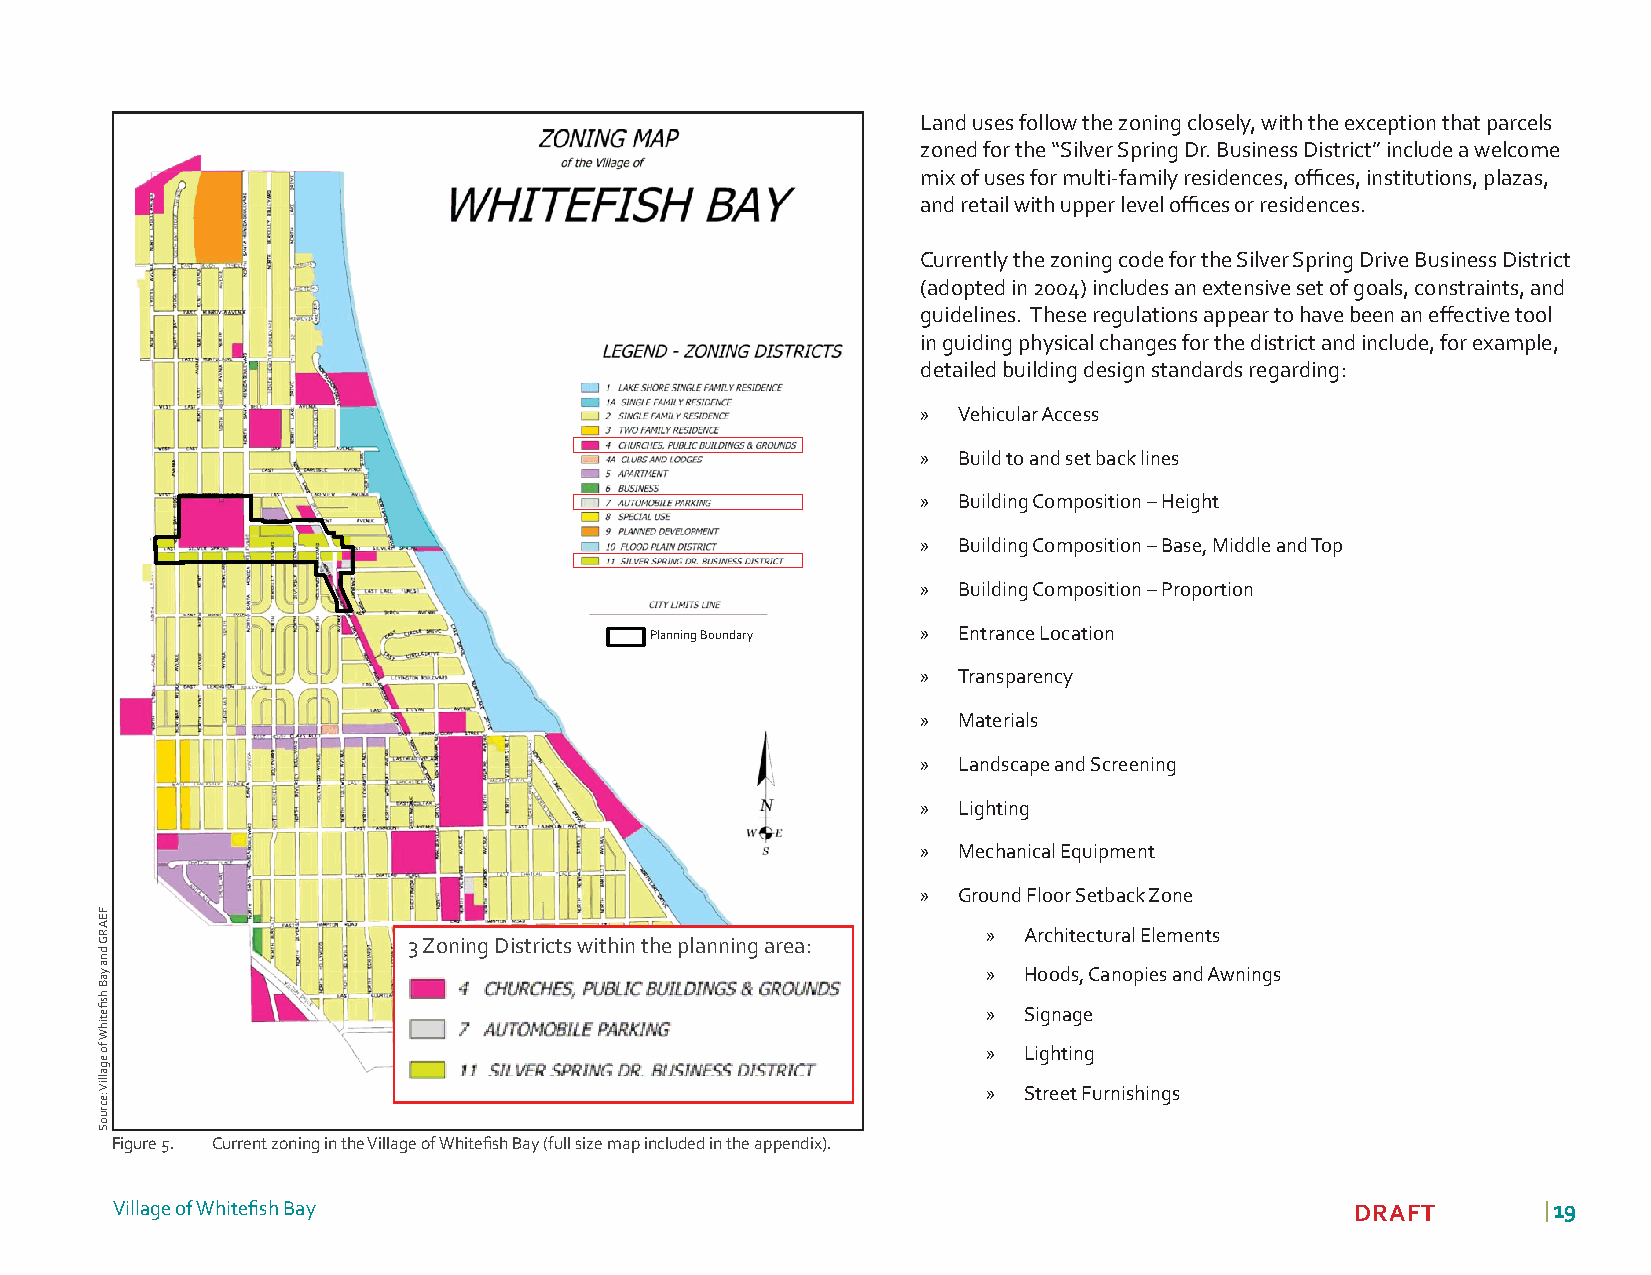
Land uses follow the zoning closely, with the exception that parcels
 zoned for the “Silver Spring Dr. Business District” include a welcome
 mix of uses for multi-family residences, offi ces, institutions, plazas,
 and retail with upper level offi ces or residences.
 Currently the zoning code for the Silver Spring Drive Business District
 (adopted in 2004) includes an extensive set of goals, constraints, and
 guidelines. These regulations appear to have been an eff ective tool
 in guiding physical changes for the district and include, for example,
 detailed building design standards regarding:
 » Vehicular Access
 » Build to and set back lines
 » Building Composition – Height
 » Building Composition – Base, Middle and Top
 » Building Composition – Proportion
 Planning Boundary » Entrance Location
 » Transparency
 » Materials
 » Landscape and Screening
 » Lighting
 » Mechanical Equipment
 » Ground Floor Setback Zone
 »  Architectural Elements
 3 Zoning Districts within the planning area:
 »  Hoods, Canopies and Awnings
 »  Signage
 »  Lighting
 »  Street Furnishings
 Figure 5. Current zoning in the Village of Whitefi sh Bay (full size map included in the appendix).
 Village of Whitefi sh Bay                                                          DRAFT       | 1199
 FEARG
 dna
 yaB
 hsfi
 etihW
 fo
 egalliV
 :ecruoS